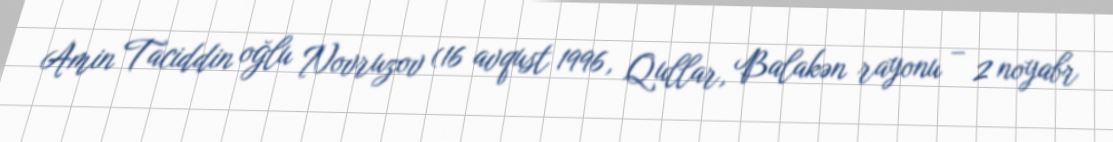
Amin Taciddin oğlu Novruzov (16 avqust 1996, Qullar, Balakən rayonu – 2 noyabr